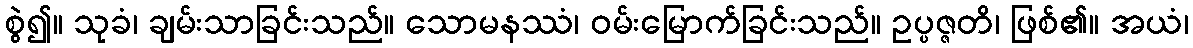
စွဲ၍။ သုခံ၊ ချမ်းသာခြင်းသည်။ သောမနဿံ၊ ဝမ်းမြောက်ခြင်းသည်။ ဥပ္ပဇ္ဇတိ၊ ဖြစ်၏။ အယံ၊